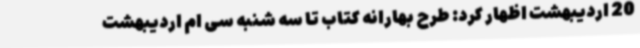
20 اردیبهشت اظهار کرد: طرح بهارانه کتاب تا سه شنبه سی ام اردیبهشت